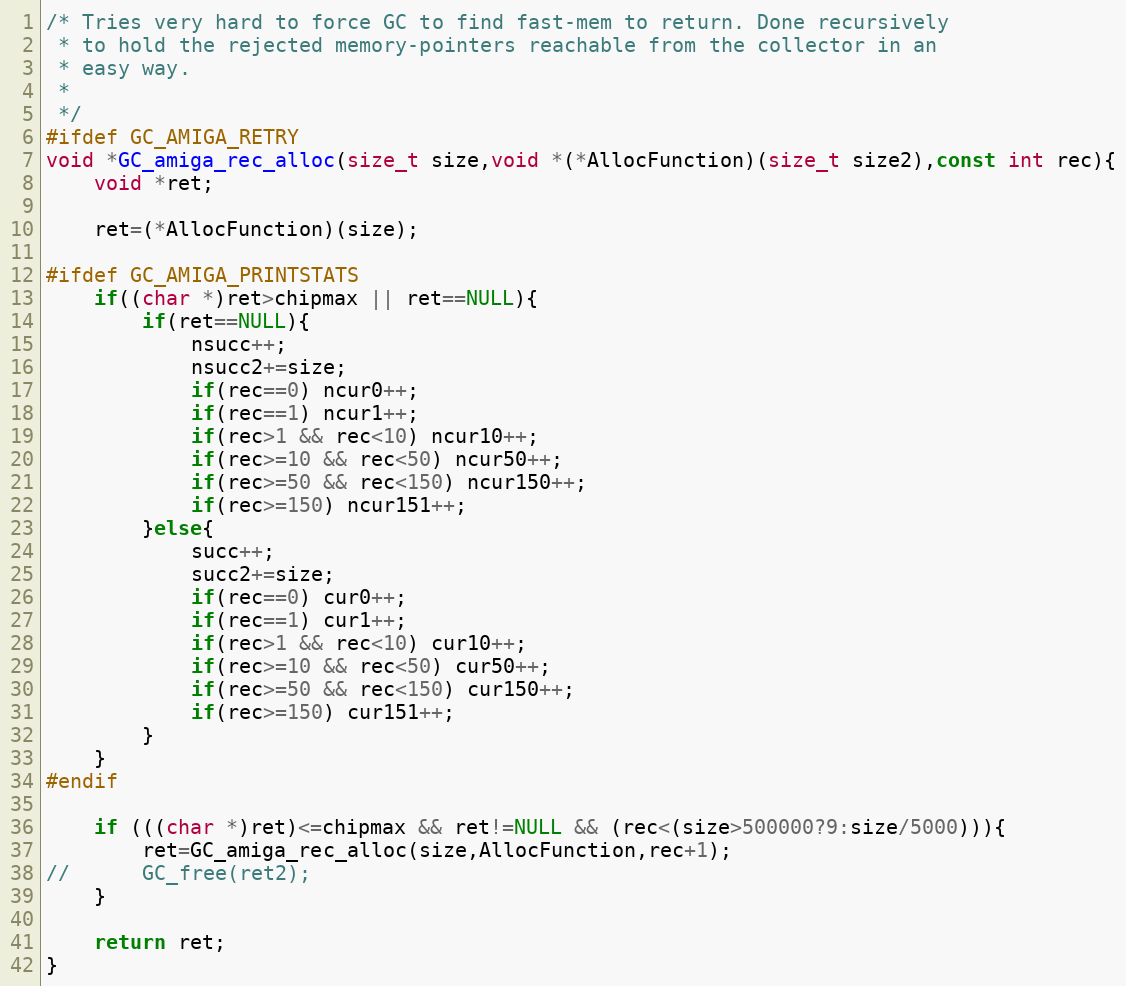
Language: C
/* Tries very hard to force GC to find fast-mem to return. Done recursively
 * to hold the rejected memory-pointers reachable from the collector in an
 * easy way.
 *
 */
#ifdef GC_AMIGA_RETRY
void *GC_amiga_rec_alloc(size_t size,void *(*AllocFunction)(size_t size2),const int rec){
	void *ret;

	ret=(*AllocFunction)(size);

#ifdef GC_AMIGA_PRINTSTATS
	if((char *)ret>chipmax || ret==NULL){
		if(ret==NULL){
			nsucc++;
			nsucc2+=size;
			if(rec==0) ncur0++;
			if(rec==1) ncur1++;
			if(rec>1 && rec<10) ncur10++;
			if(rec>=10 && rec<50) ncur50++;
			if(rec>=50 && rec<150) ncur150++;
			if(rec>=150) ncur151++;
		}else{
			succ++;
			succ2+=size;
			if(rec==0) cur0++;
			if(rec==1) cur1++;
			if(rec>1 && rec<10) cur10++;
			if(rec>=10 && rec<50) cur50++;
			if(rec>=50 && rec<150) cur150++;
			if(rec>=150) cur151++;
		}
	}
#endif

	if (((char *)ret)<=chipmax && ret!=NULL && (rec<(size>500000?9:size/5000))){
		ret=GC_amiga_rec_alloc(size,AllocFunction,rec+1);
//		GC_free(ret2);
	}

	return ret;
}